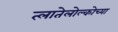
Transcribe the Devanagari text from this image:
त्लातेलोल्कोच्या